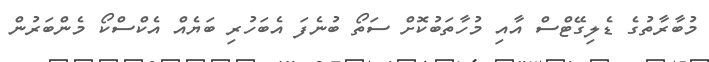
މުބާރާތުގެ ޑެލިގޭޓްސް އާއި މުހާތަބުކޮށް ސަތޯ ބުނެފަ އެބަހުރި ބަޔެއް އެކްސްކޯ މެންބަރުން